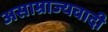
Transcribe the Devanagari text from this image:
असाम्राज्यवादी